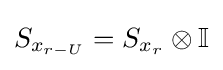
S_{x_{r-U}}=S_{x_{r}}\otimes \mathbb {I}